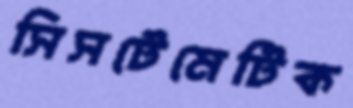
সিসটেমেটিক